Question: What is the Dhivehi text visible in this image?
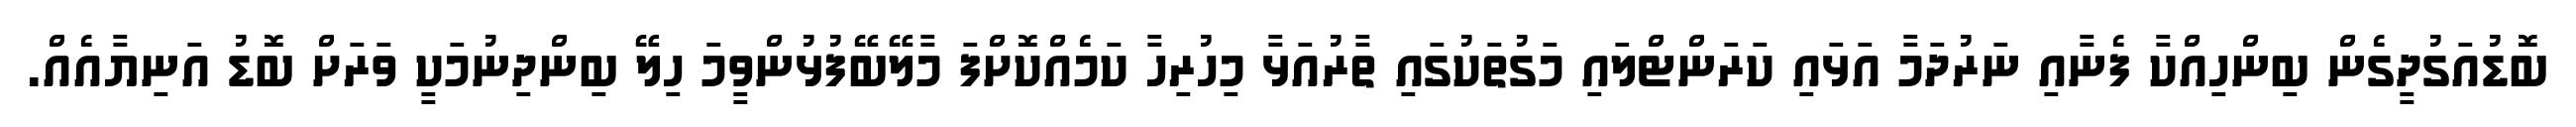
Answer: ބޮޑުއަގުދީގެން ބިންހިއްކާ ފެނާއި ނަރުދަމާ އަޅައި ކަރަންޓްލައި މަގުތަކުގައި ތާރުއަޅާ މިހުރިހާ ކަމެއްކޮށްފަ މާލޭބޭފުޅުންވީމަ ހިލޭ ބިންދިނުމަކީ ވަރަށް ބޮޑު އަނިޔާއެއް.